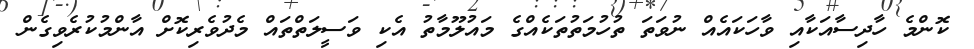
ކޮންމެ ހާދިސާއަކާއި ވާހަކައެއް ނުވަތަ ތުހުމަތުތަކެއްގެ މައުލޫމާތު އެކި ވަސީލަތްތައް މެދުވެރިކޮށް އާންމުކުރެވިގެން